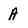
Character: A